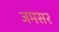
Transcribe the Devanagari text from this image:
जमसर